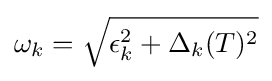
\omega _{k}={\sqrt {\epsilon _{k}^{2}+\Delta _{k}(T)^{2}}}